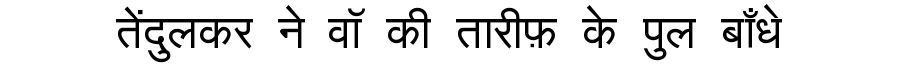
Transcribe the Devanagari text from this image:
तेंदुलकर ने वॉ की तारीफ़ के पुल बाँधे